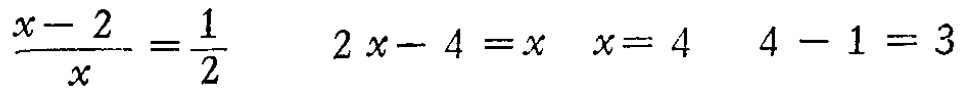
$\frac{x - 2}{x} = \frac{1}{2} \quad 2x - 4 = x \quad x = 4 \quad 4 - 1 = 3$